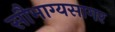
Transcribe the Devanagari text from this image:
सौभाग्यसागर